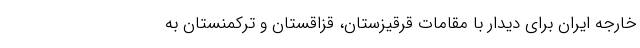
خارجه ایران برای دیدار با مقامات قرقیزستان، قزاقستان و ترکمنستان به